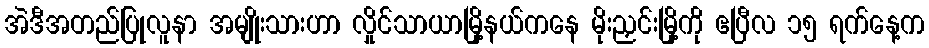
အဲဒီအတည်ပြုလူနာ အမျိုးသားဟာ လှိုင်သာယာမြို့နယ်ကနေ မိုးညှင်းမြို့ကို ဧပြီလ ၁၅ ရက်နေ့က